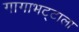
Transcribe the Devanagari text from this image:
गागाभट्टाला